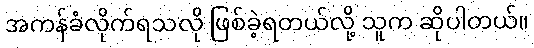
အကန်ခံလိုက်ရသလို ဖြစ်ခဲ့ရတယ်လို့ သူက ဆိုပါတယ်။